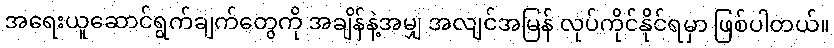
အရေးယူဆောင်ရွက်ချက်တွေကို အချိန်နဲ့အမျှ အလျင်အမြန် လုပ်ကိုင်နိုင်ရမှာ ဖြစ်ပါတယ်။